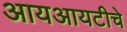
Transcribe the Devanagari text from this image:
आयआयटीचे